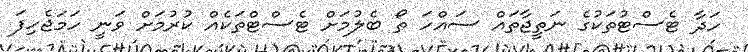
ހަދާ ޓެސްޓުތަކުގެ ނަތީޖާތައް ސައްހަ ތޯ ބެލުމަށް ޓެސްޓްތަކެއް ކުރުމަށް ވަނީ ހަމަޖެހިފަ